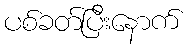
ပစ်ခတ်ပြီးနောက်